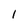
Character: 1